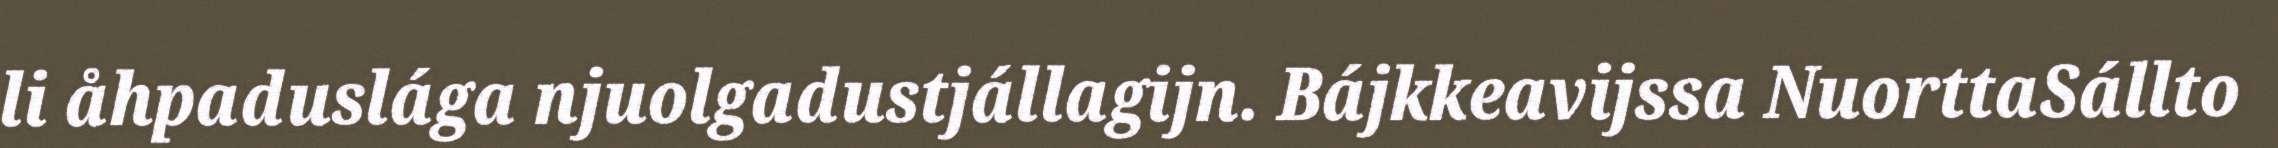
li åhpaduslága njuolgadustjállagijn. Bájkkeavijssa NuorttaSállto